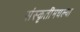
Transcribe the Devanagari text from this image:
संस्कृतींमधल्या